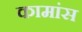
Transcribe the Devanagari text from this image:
कामांस